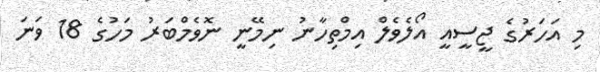
މި އަހަރުގެ ޖީސީއީ އޯލެވެލް އިމްތިހާނު ނިމޭނީ ނޮވެމްބަރު މަހުގެ 18 ވަނަ